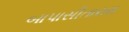
બાપાસીતારામ